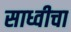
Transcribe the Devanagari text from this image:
साध्वीचा